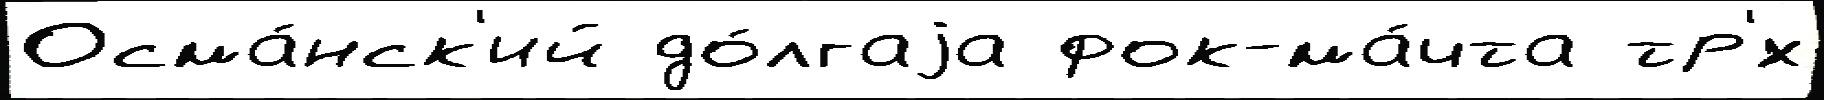
Осма́нск'ий до́лгаjа фок-ма́чта тр'́х